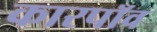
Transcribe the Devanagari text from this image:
कारपॉव